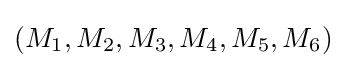
(M_{1},M_{2},M_{3},M_{4},M_{5},M_{6})